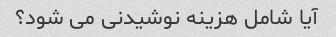
آیا شامل هزینه نوشیدنی می شود؟